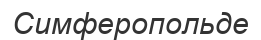
Симферопольде